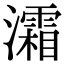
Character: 灀